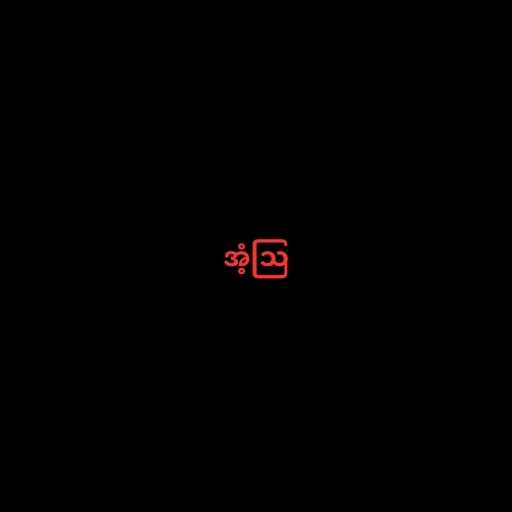
အံ့ဩ